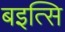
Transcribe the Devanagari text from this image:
बइत्सि